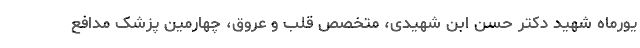
یورماه شهید دکتر حسن ابن شهیدی، متخصص قلب و عروق، چهارمین پزشک مدافع